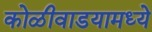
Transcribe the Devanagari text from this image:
कोळीवाडयामध्ये